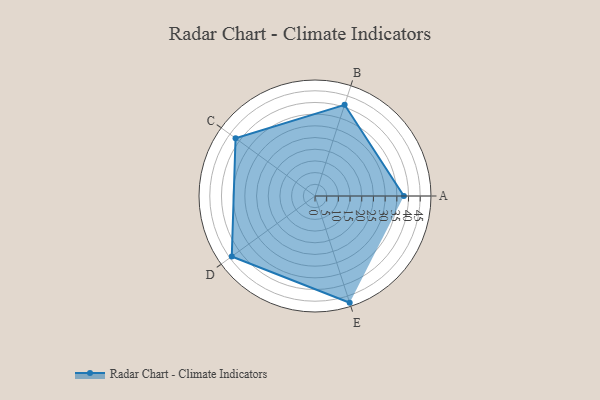
{"axis": {"x": "Skill", "y": "Score"}, "legend": ["Profile"], "data": [{"x": "A", "y": 38.0, "type": "Profile"}, {"x": "B", "y": 41.0, "type": "Profile"}, {"x": "C", "y": 42.0, "type": "Profile"}, {"x": "D", "y": 44.0, "type": "Profile"}, {"x": "E", "y": 48.0, "type": "Profile"}]}